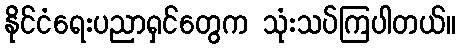
နိုင်ငံရေးပညာရှင်တွေက သုံးသပ်ကြပါတယ်။